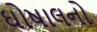
ઘોષાલનો